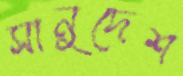
সানুদেশ